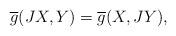
LaTeX: \begin{align*} \overline{g}(JX, Y)= \overline{g}(X, JY),\end{align*}